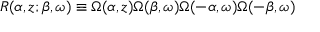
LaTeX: R ( \alpha , z ; \beta , \omega ) \equiv \Omega ( \alpha , z ) \Omega ( \beta , \omega ) \Omega ( - \alpha , \omega ) \Omega ( - \beta , \omega )